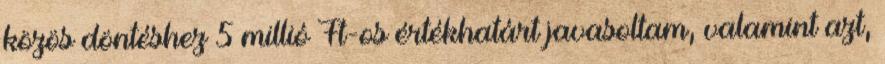
közös döntéshez 5 millió Ft-os értékhatárt javasoltam, valamint azt,